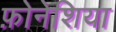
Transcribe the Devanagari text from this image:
फ़ोनेशिया